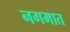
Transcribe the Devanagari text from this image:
नगमात